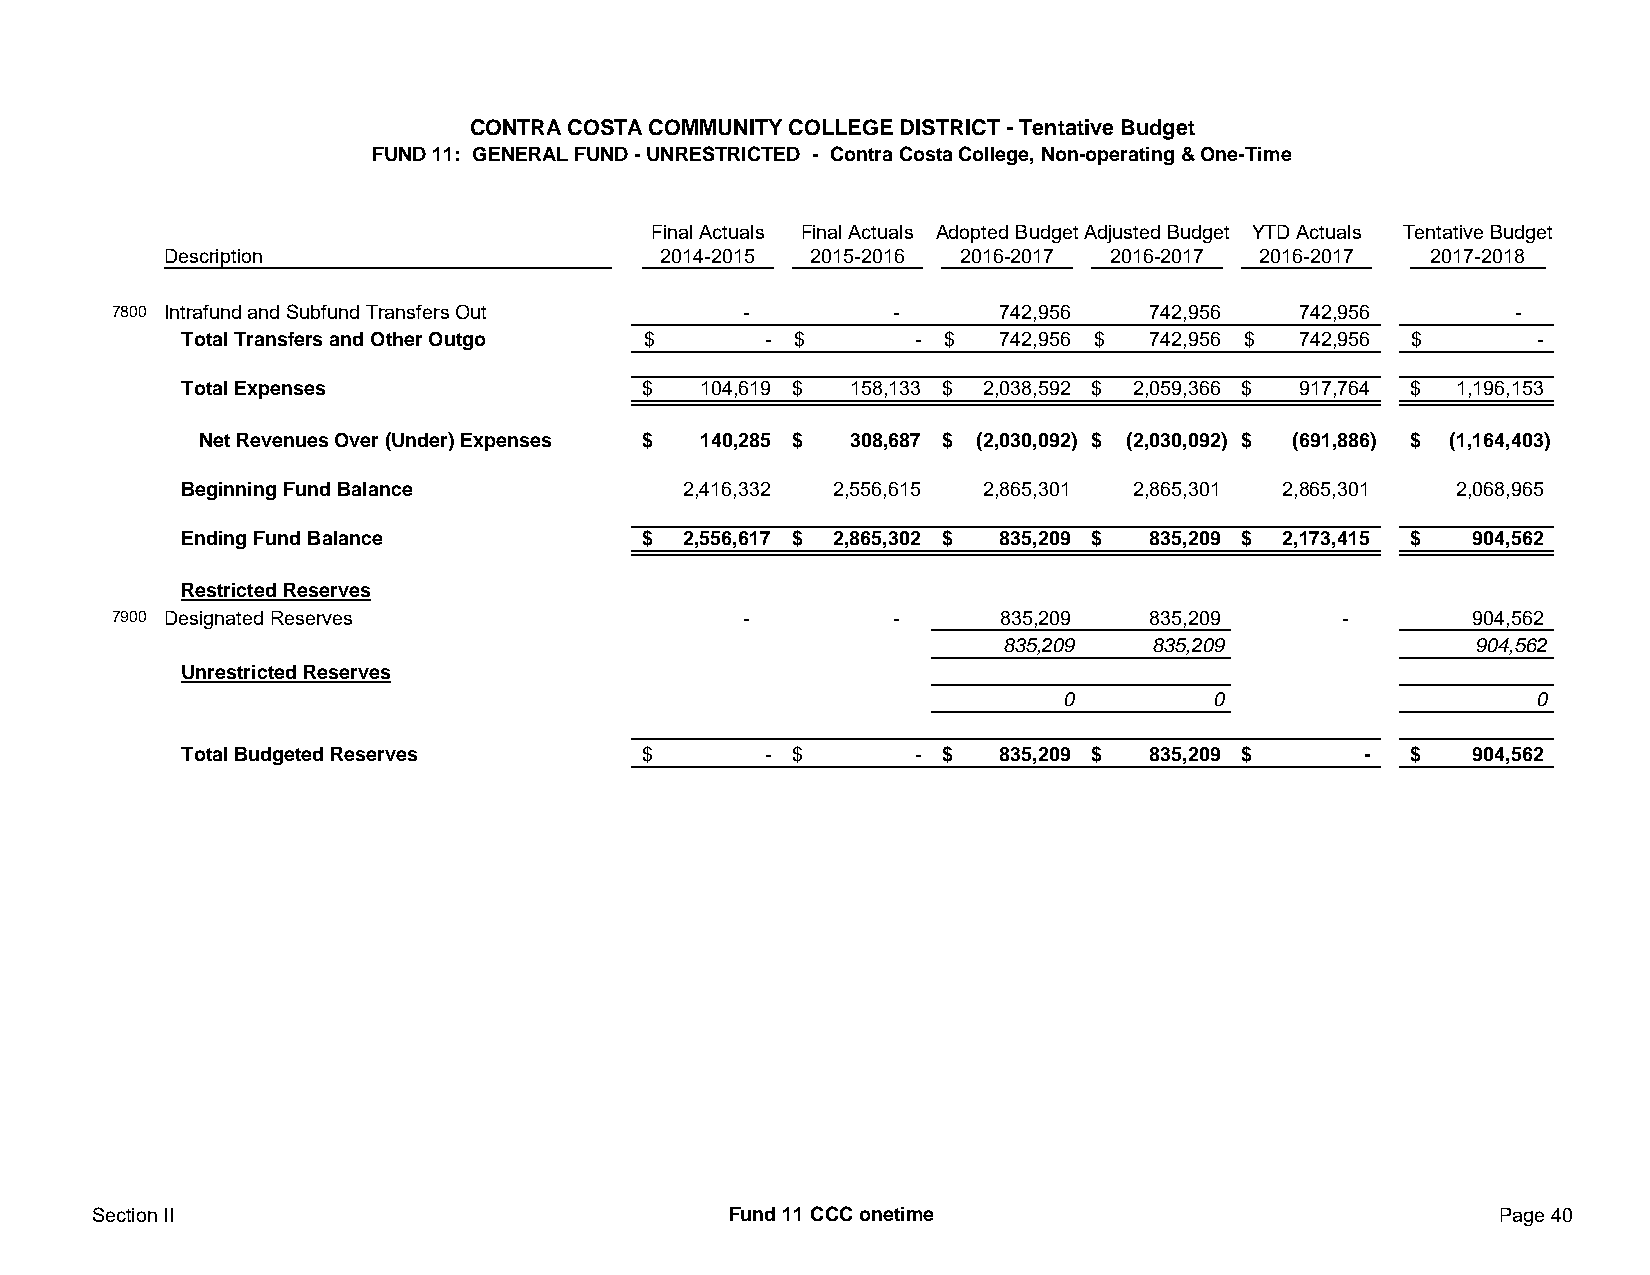
CONTRA COSTA COMMUNITY COLLEGE DISTRICT - Tentative Budget
 FUND 11: GENERAL FUND - UNRESTRICTED - Contra Costa College, Non-operating & One-Time
 Final Actuals Final Actuals Adopted Budget Adjusted Budget YTD Actuals Tentative Budget
 Description                     2014-2015 2015-2016 2016-2017 2016-2017 2016-2017  2017-2018
 7800 Intrafund and Subfund Transfers Out  -         -      742,956   742,956   742,956       -
 Total Transfers and Other Outgo $     - $       - $   742,956 $ 742,956 $ 742,956 $      -
 Total Expenses                $   104,619 $ 158,133 $ 2,038,592 $ 2,059,366 $ 917,764 $ 1,196,153
 Net Revenues Over (Under) Expenses $ 140,285 $ 308,687 $ (2,030,092) $ (2,030,092) $ (691,886) $ (1,164,403)
 Beginning Fund Balance           2,416,332 2,556,615 2,865,301 2,865,301 2,865,301  2,068,965
 Ending Fund Balance           $  2,556,617 $ 2,865,302 $ 835,209 $ 835,209 $ 2,173,415 $ 904,562
 Restricted Reserves
 7900 Designated Reserves                  -         -      835,209   835,209      -       904,562
 835,209   835,209              904,562
 Unrestricted Reserves
 0         0                    0
 Total Budgeted Reserves       $       - $       - $   835,209 $ 835,209 $     -  $   904,562
 Section II                                Fund 11 CCC onetime                                Page 40